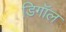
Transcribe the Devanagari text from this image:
डिगॉल